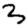
Digit: 3